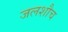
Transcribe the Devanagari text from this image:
जलशौच